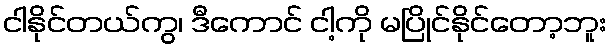
ငါနိုင်တယ်ကွ၊ ဒီကောင် ငါ့ကို မပြိုင်နိုင်တော့ဘူး